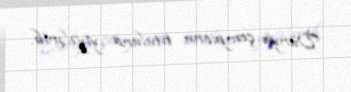
Dünya çempionu tituluna yiyələnib.